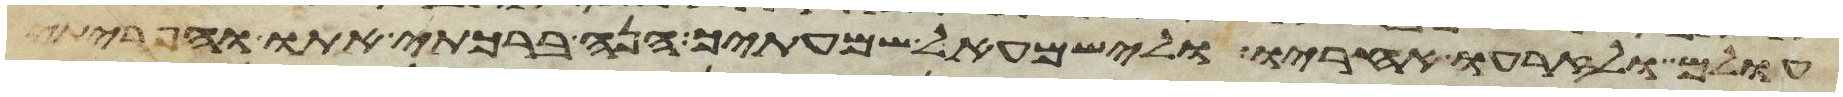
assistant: עולם ולזרעו אחריו ולישמעאל שמעתיך הנה ברכתי אתו והפריתי